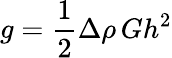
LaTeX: g=\frac{1}{2}\Delta\rho\, Gh^{2}